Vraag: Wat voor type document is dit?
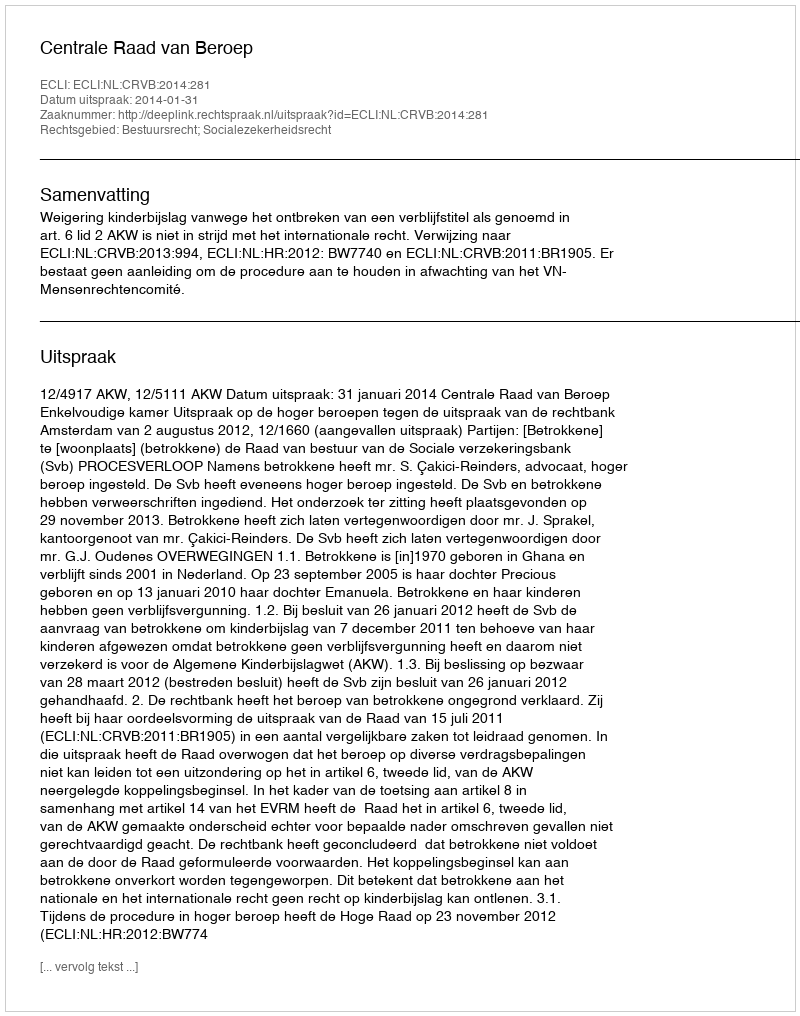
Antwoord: Uitspraak